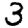
Digit: 3